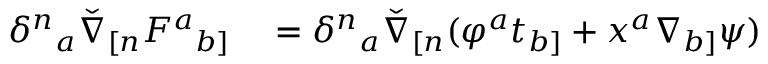
\begin{array} { r l } { \delta ^ { n } { } _ { a } \check { \nabla } _ { [ n } F ^ { a } { } _ { b ] } } & { { } = \delta ^ { n } { } _ { a } \check { \nabla } _ { [ n } ( \varphi ^ { a } t _ { b ] } + x ^ { a } \nabla _ { b ] } \psi ) } \end{array}